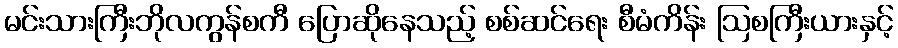
မင်းသားကြီးဘိုလကွန်စကီ ပြောဆိုနေသည့် စစ်ဆင်ရေး စီမံကိန်း ဩစကြီးယားနှင့်